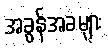
အခွန်အခများ